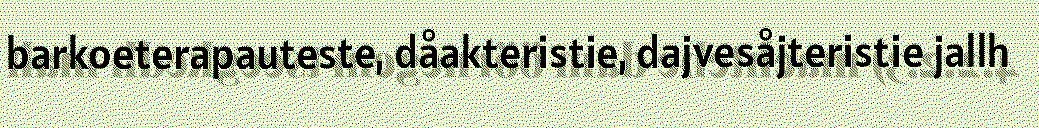
barkoeterapauteste, dåakteristie, dajvesåjteristie jallh